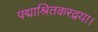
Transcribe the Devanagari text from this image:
पद्माश्रितकरद्वया।